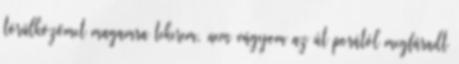
törülközőmet magamra tekerem, nem vágyom az út porától megfáradt